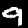
Label: 9